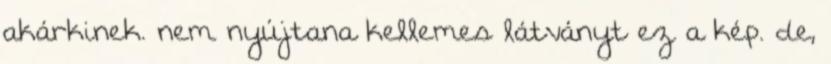
akárkinek. nem nyújtana kellemes látványt ez a kép. de,